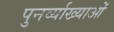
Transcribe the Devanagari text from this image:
पुनर्व्याख्याओं